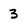
Character: 3